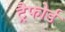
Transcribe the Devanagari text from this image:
ट्रैफोर्ड